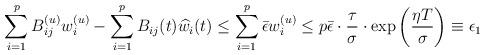
LaTeX: \begin{align*}{}\sum_{i=1}^{p}B_{ij}^{(u)}w_{i}^{(u)}-\sum_{i=1}^{p}B_{ij}(t)\widehat{w}_{i}(t)\leq\sum_{i=1}^{p}\bar{\epsilon}w_{i}^{(u)}\leq p\bar{\epsilon}\cdot\frac{\tau}{\sigma}\cdot\exp\left (\frac{\eta T}{\sigma}\right )\equiv\epsilon_{1}\end{align*}